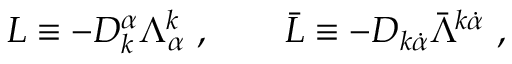
L \equiv - D _ { k } ^ { \alpha } \Lambda _ { \alpha } ^ { k } \ , \qquad \bar { L } \equiv - D _ { k \dot { \alpha } } \bar { \Lambda } ^ { k \dot { \alpha } } \ ,